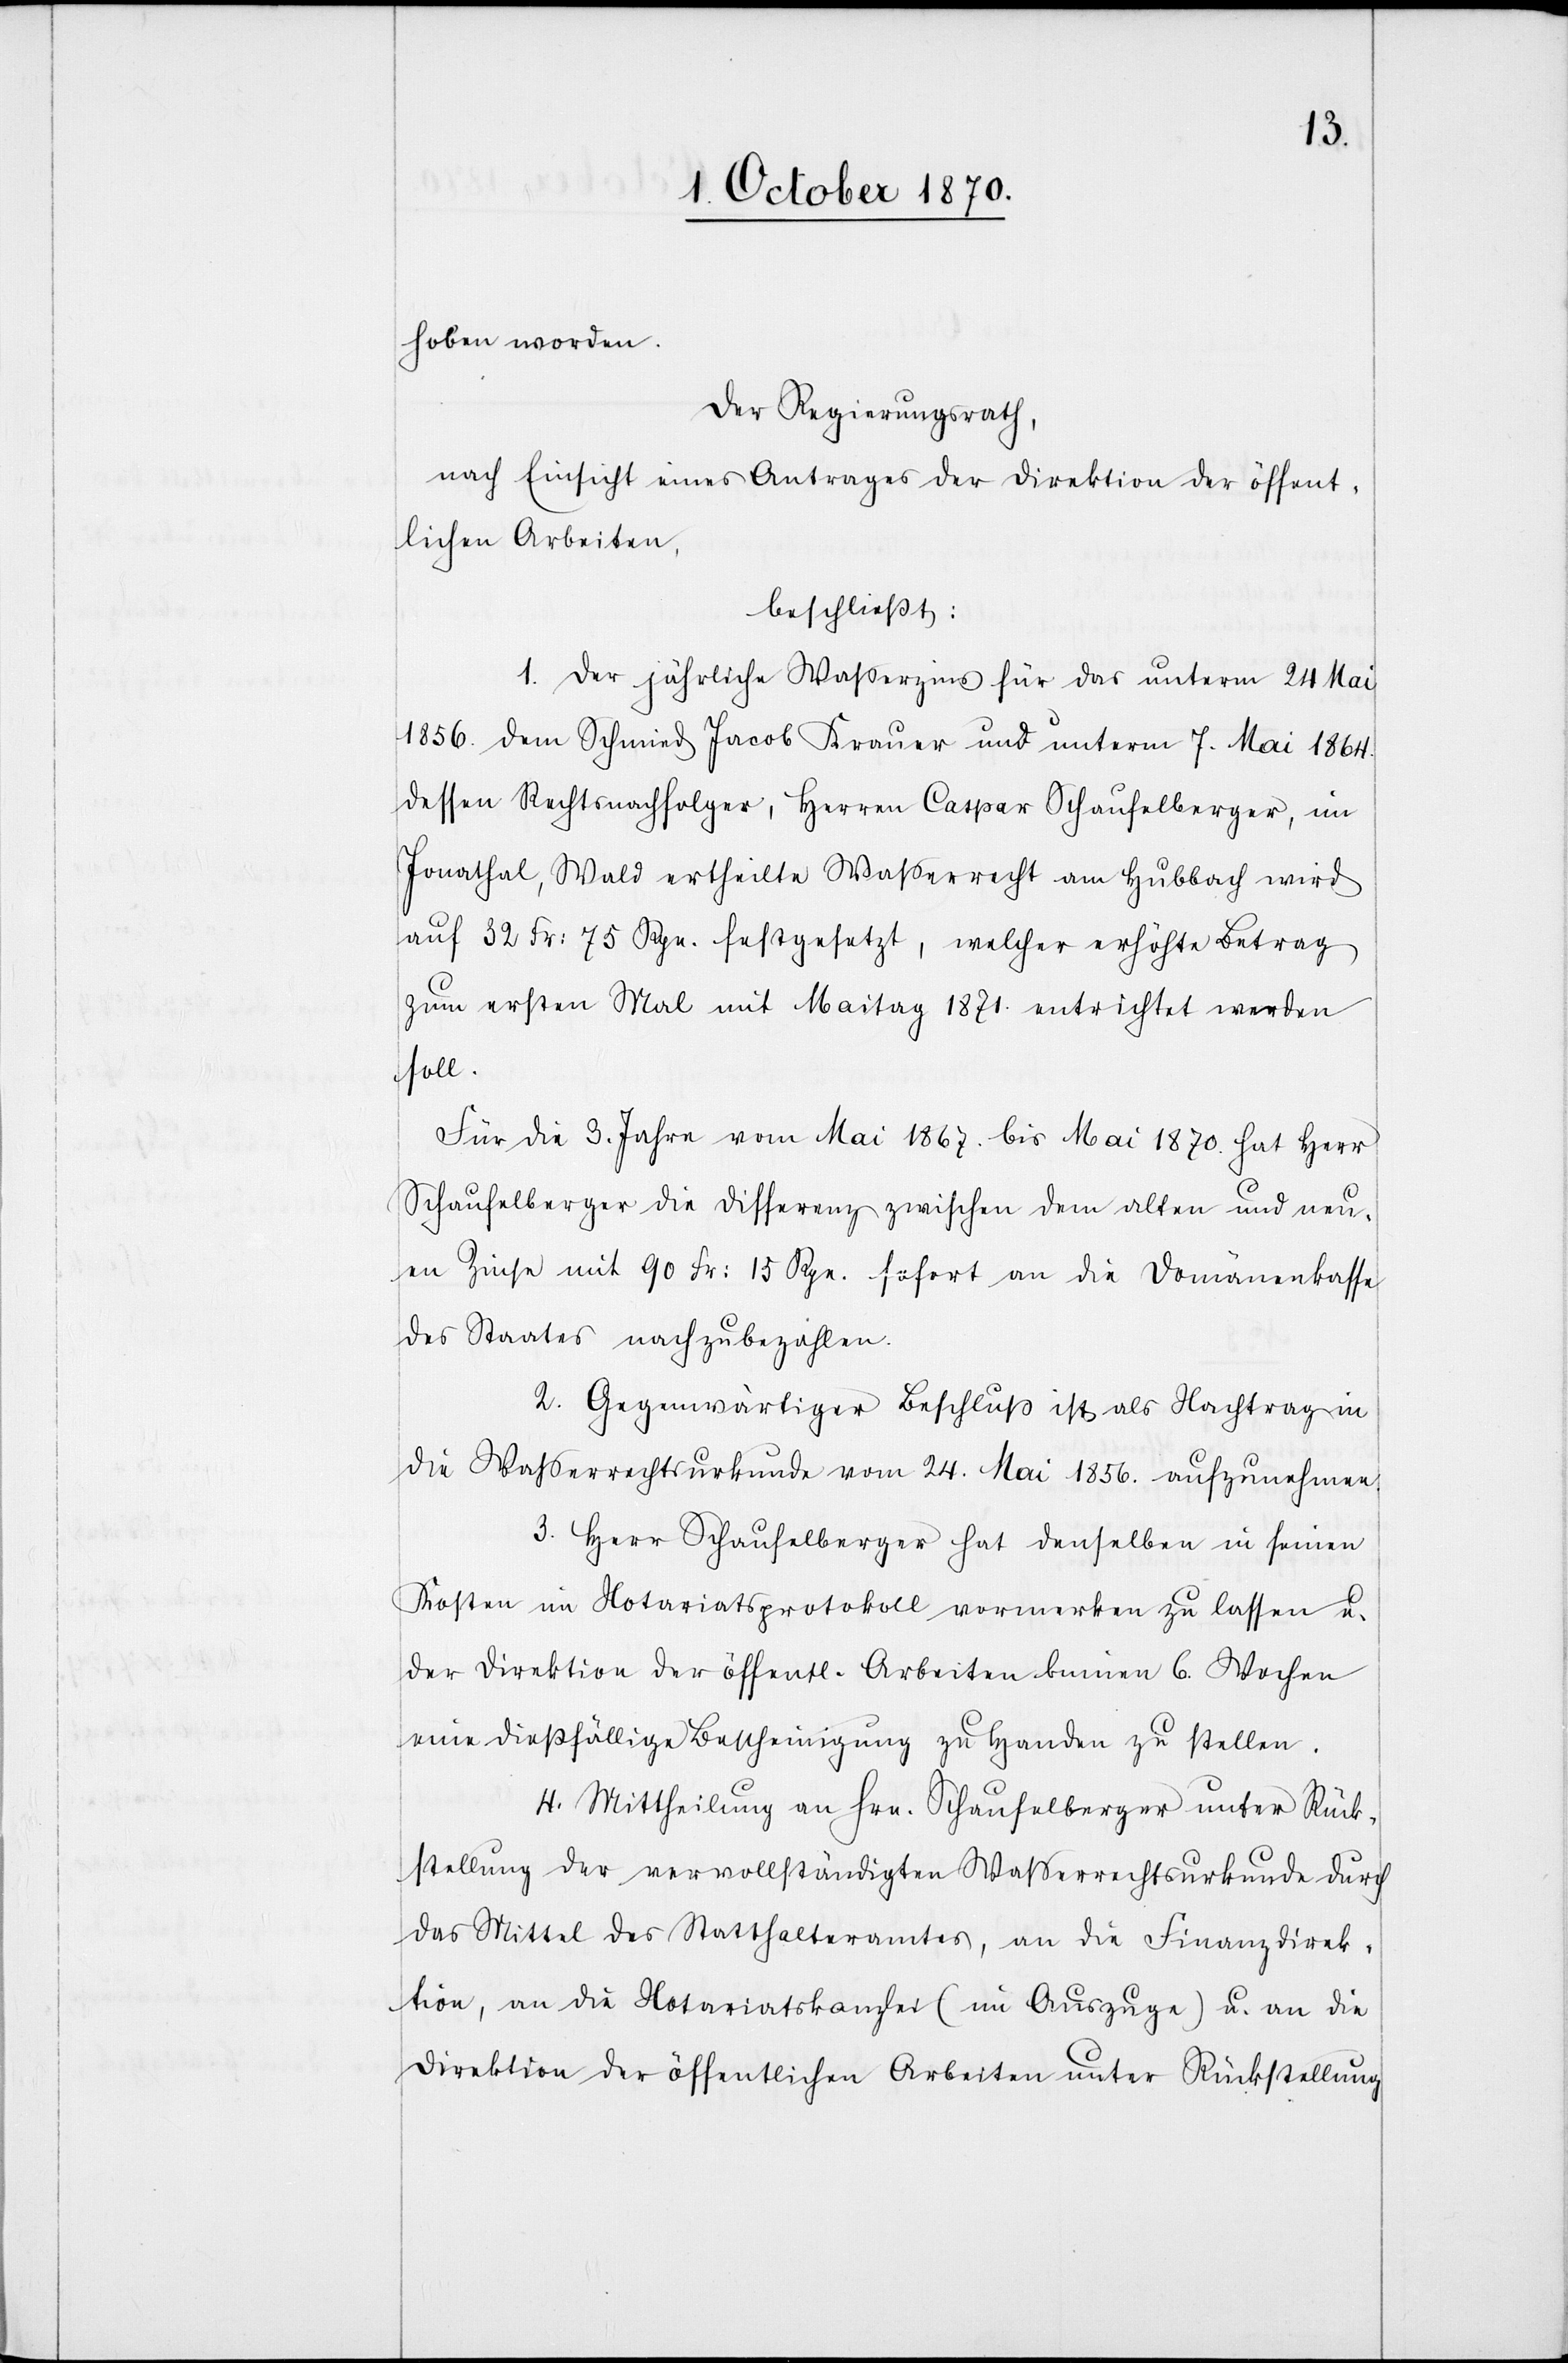
hoben worden.
Der Regierungsrath,
nach Einsicht eines Antrages der Direktion der öffent¬
lichen Arbeiten,
beschließt:
1. Der jährliche Jahreszins für das unterm 24. Mai
1856. dem Schmied Jacob Krauer und unterm 7. Mai 1864.
dessen Rechtsnachfolger, Herren Caspar Schaufelberger, im
Jonathal, Wald ertheilte Wasserrecht am Hubbach wird
auf 32 Fr: 75 Rp. festgesetzt, welcher erhöhte Betrag
zum ersten Mal mit Maitag 1871. entrichtet werden
soll.
Für die 3. Jahre vom Mai 1867. hat Herr Schaufelberger
neuen Zinse mit 90 Fr: 15 Rp. sofort an die Domänenkasse
des Staates nachzubezahlen.
2. Gegenwärtiger Beschluß ist als Nachtrag in
die Wasserrechtsurkunde vom 24. Mai 1856. aufzunehmen.
3. Herr Schaufelberger hat denselben in seinen
Kosten im Notariatsprotokoll vormerken zu lassen u.
der Direktion der öffentl. Arbeiten binnen 6. Wochen
eine dießfällige Bescheinigung zu Handen zu stellen.
4. Mittheilung an Hrn. Schaufelberger unter Rück¬
stellung der vervollständigten Wasserrechtsurkunde durch
das Mittel des Statthalteramtes, an die Finanzdirek¬
tion, an die Notariatskanzlei (im Auszuge) u. an die
Direktion der öffentlichen Arbeiten unter Rückstellung